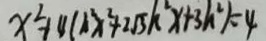
x ^ { 2 } + 4 ( h ^ { 2 } x ^ { 2 } + 2 \sqrt { 3 } h ^ { 2 } x + 3 h ^ { 2 } ) = 4